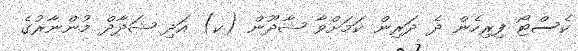
ކެސްޓޯ ފިރިހެން ދެ ދަރިން ކަމަށްވާ ޝާދޫން (ކ) އަދި ޝަދާދް މުންނާރުގެ